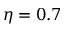
\eta = 0 . 7